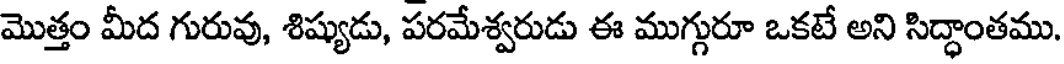
మొత్తం మీద గురువు, శిష్యుడు, పరమేశ్వరుడు ఈ ముగ్గురూ ఒకటే అని సిద్ధాంతము.